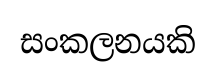
සංකලනයකි